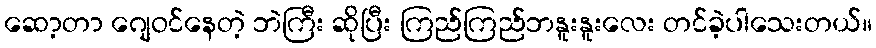
ဆော့တာ ဂျေဝင်နေတဲ့ ဘဲကြီး ဆိုပြီး ကြည်ကြည်ဘနူးနူးလေး တင်ခဲ့ပါသေးတယ်။